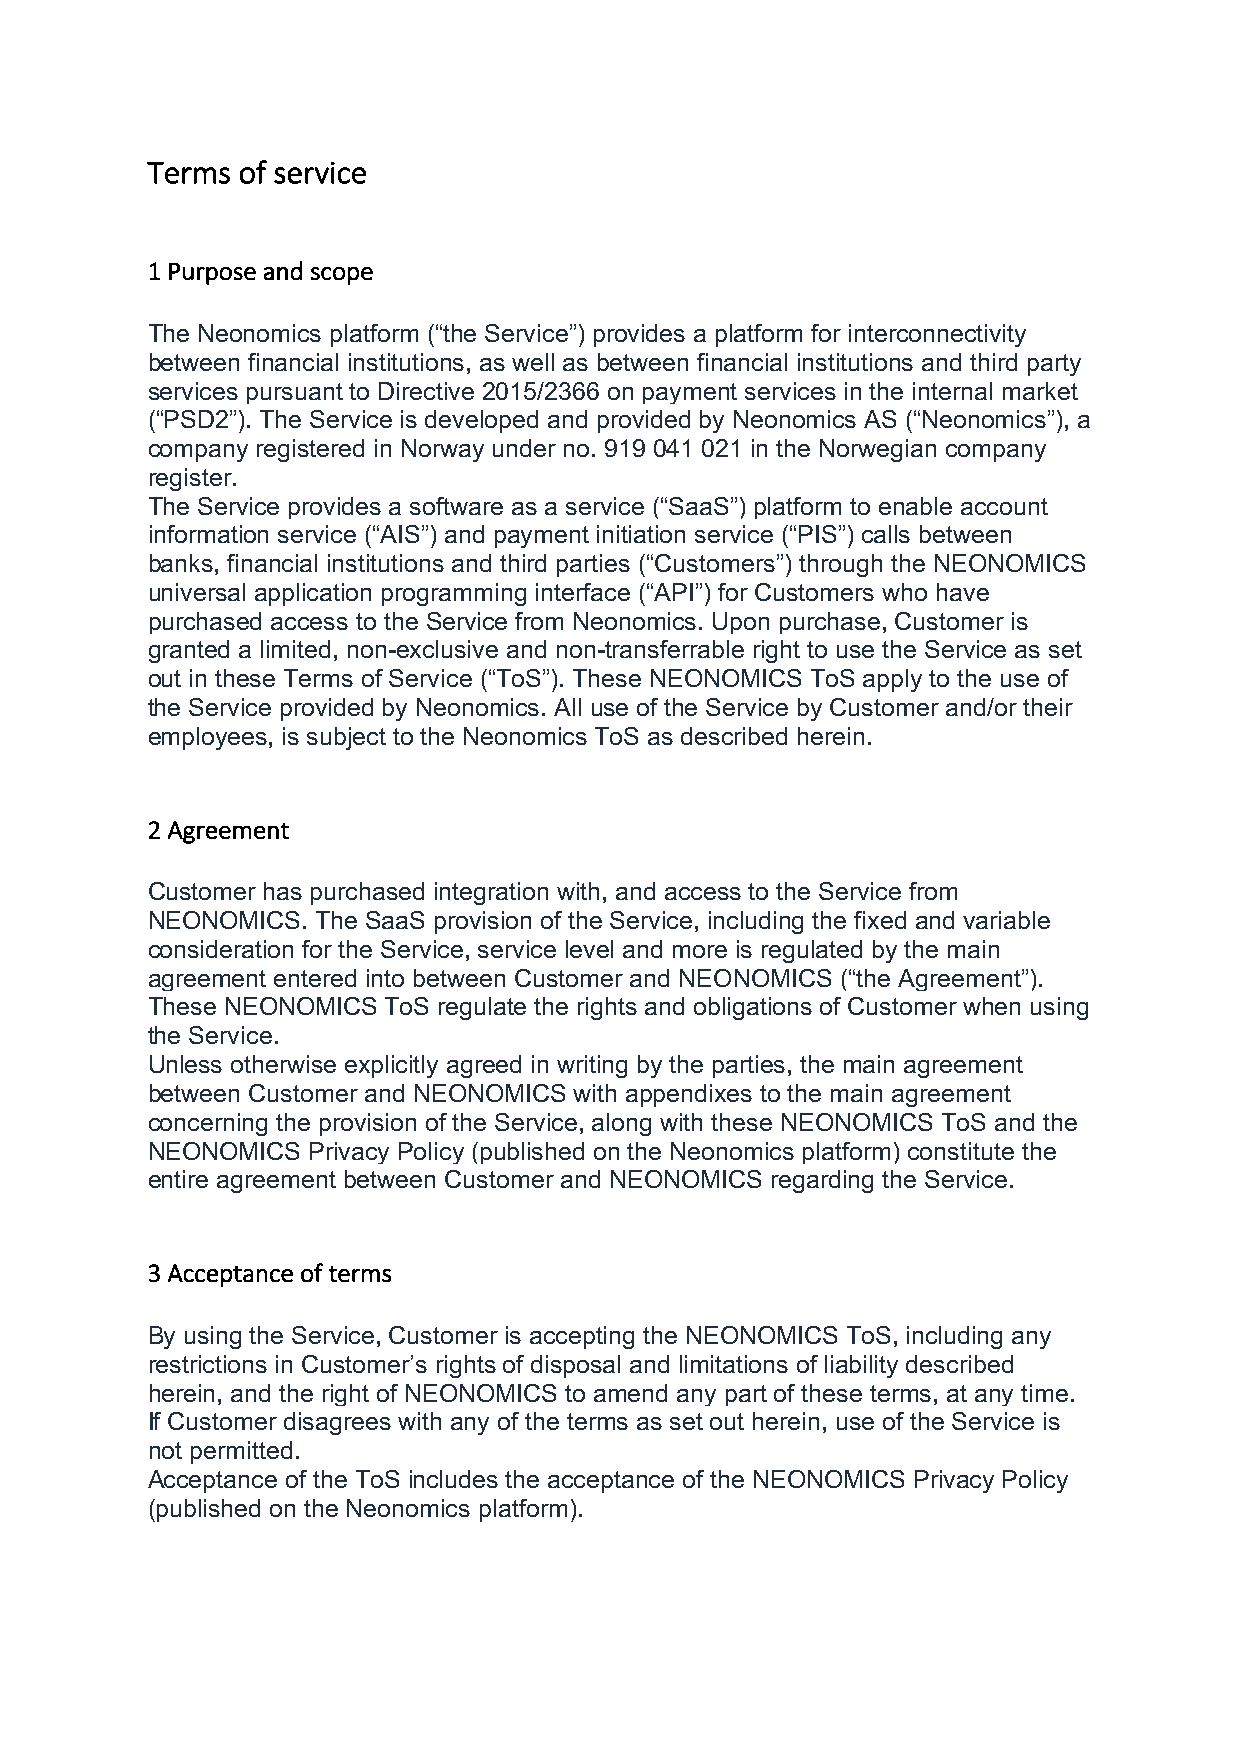
Terms of service
 1 Purpose and scope
 The Neonomics platform (“the Service”) provides a platform for interconnectivity
 between financial institutions, as well as between financial institutions and third party
 services pursuant to Directive 2015/2366 on payment services in the internal market
 (“PSD2”). The Service is developed and provided by Neonomics AS (“Neonomics”), a
 company registered in Norway under no. 919 041 021 in the Norwegian company
 register.
 The Service provides a software as a service (“SaaS”) platform to enable account
 information service (“AIS”) and payment initiation service (“PIS”) calls between
 banks, financial institutions and third parties (“Customers”) through the NEONOMICS
 universal application programming interface (“API”) for Customers who have
 purchased access to the Service from Neonomics. Upon purchase, Customer is
 granted a limited, non-exclusive and non-transferrable right to use the Service as set
 out in these Terms of Service (“ToS”). These NEONOMICS ToS apply to the use of
 the Service provided by Neonomics. All use of the Service by Customer and/or their
 employees, is subject to the Neonomics ToS as described herein.
 2 Agreement
 Customer has purchased integration with, and access to the Service from
 NEONOMICS. The SaaS provision of the Service, including the fixed and variable
 consideration for the Service, service level and more is regulated by the main
 agreement entered into between Customer and NEONOMICS (“the Agreement”).
 These NEONOMICS ToS regulate the rights and obligations of Customer when using
 the Service.
 Unless otherwise explicitly agreed in writing by the parties, the main agreement
 between Customer and NEONOMICS with appendixes to the main agreement
 concerning the provision of the Service, along with these NEONOMICS ToS and the
 NEONOMICS Privacy Policy (published on the Neonomics platform) constitute the
 entire agreement between Customer and NEONOMICS regarding the Service.
 3 Acceptance of terms
 By using the Service, Customer is accepting the NEONOMICS ToS, including any
 restrictions in Customer’s rights of disposal and limitations of liability described
 herein, and the right of NEONOMICS to amend any part of these terms, at any time.
 If Customer disagrees with any of the terms as set out herein, use of the Service is
 not permitted.
 Acceptance of the ToS includes the acceptance of the NEONOMICS Privacy Policy
 (published on the Neonomics platform).